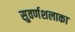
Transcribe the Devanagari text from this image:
सुवर्णशलाका